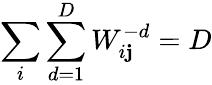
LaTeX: \sum_{i}\sum_{d=1}^{D}W_{i\mathbf{j}}^{-d}=D